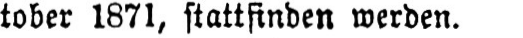
tober 1871, stattfinden werden.